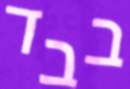
בבד